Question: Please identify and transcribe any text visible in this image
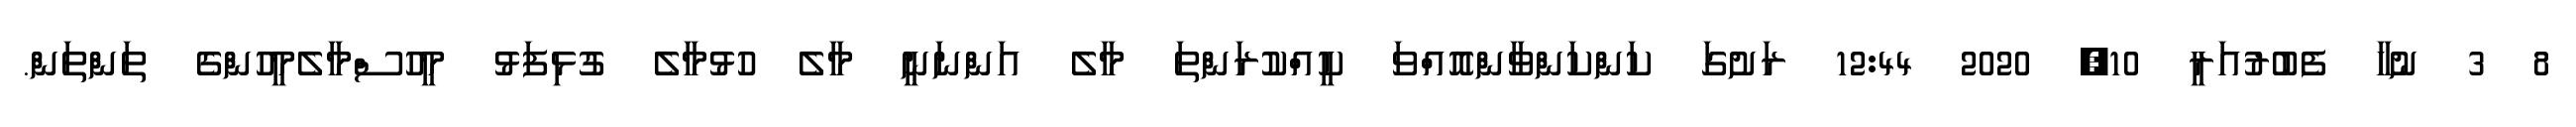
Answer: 8 3 ނުހާ ފެބުރުއަރީ 10, 2020 12:44 ރަށުގަ ކަންކަންވާންއޮއްވަ ކީއްކުރަންތަ މާލެ އަންނަނީ މާލެ ހުޅުމާލެ ގުޅިފަޅު މީހުސްމާލެމީހުންގެ ތަންތަން.